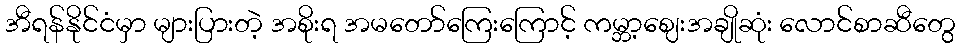
အီရန်နိုင်ငံမှာ များပြားတဲ့ အစိုးရ အမတော်ကြေးကြောင့် ကမ္ဘာ့ဈေးအချိုဆုံး လောင်စာဆီတွေ